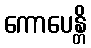
ကောပေန္တိ